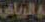
الرياض